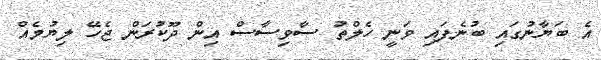
އެ ބަޔާނުގައި ބުނެފައި ވަނީ ހެލްތު ސާވިސާސް އިން ދޫކުރަން ޖެހޭ ލިޔުމެއް